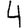
Digit: 4